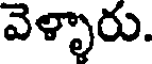
వెళ్ళారు.